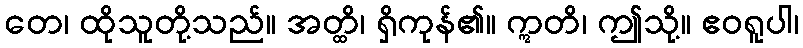
တေ၊ ထိုသူတို့သည်။ အတ္ထိ၊ ရှိကုန်၏။ ဣတိ၊ ဤသို့။ ဧဝရူပါ၊